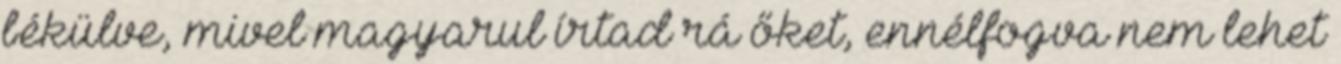
békülve, mivel magyarul írtad rá őket, ennélfogva nem lehet